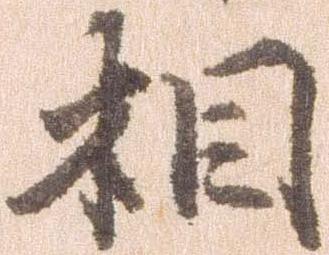
相